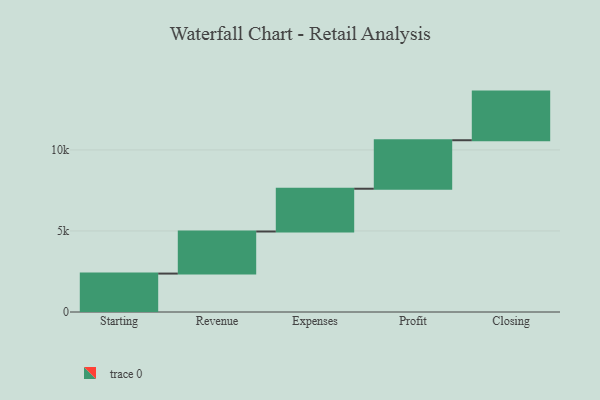
{"axis": {"x": "Step", "y": "Value"}, "legend": [""], "data": [{"x": "Starting", "y": 2370.0, "type": ""}, {"x": "Revenue", "y": 2596.0, "type": ""}, {"x": "Expenses", "y": 2639.0, "type": ""}, {"x": "Profit", "y": 2992.0, "type": ""}, {"x": "Closing", "y": 3000, "type": ""}]}